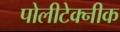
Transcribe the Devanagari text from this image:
पोलीटेक्‍नीक